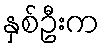
နှစ်ဦးက